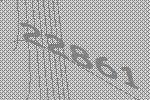
22861